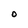
Character: O